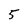
Character: 5